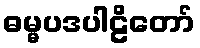
ဓမ္မပဒပါဠိတော်